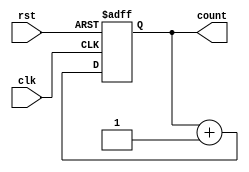
module up_counter_32bit (
    input wire clk,
    input wire rst,
    output reg [19:0] count
);

// Reset the counter to 0 when the reset signal is active
always @(posedge clk or posedge rst)
begin
    if (rst)
        count <= 0;
    else
        count <= count + 1;
end

endmodule